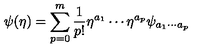
\psi ( \eta ) = \sum _ { p = 0 } ^ { m } \frac { 1 } { p ! } \eta ^ { a _ { 1 } } \cdots \eta ^ { a _ { p } } \psi _ { a _ { 1 } \cdots a _ { p } }